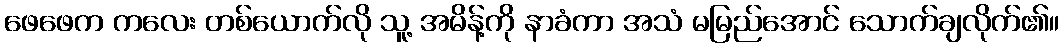
ဖေဖေက ကလေး တစ်ယောက်လို သူ့ အမိန့်ကို နာခံကာ အသံ မမြည်အောင် သောက်ချလိုက်၏။